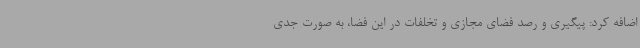
اضافه کرد: پیگیری و رصد فضای مجازی و تخلفات در این فضا، به صورت جدی